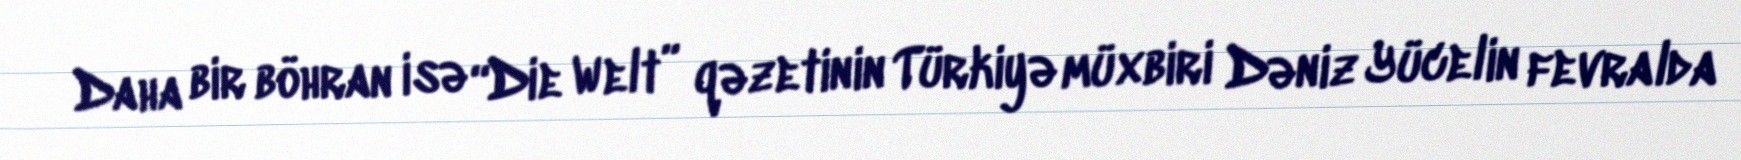
Daha bir böhran isə “Die Welt” qəzetinin Türkiyə müxbiri Dəniz Yücelin fevralda